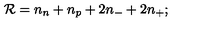
{ \cal R } = n _ { n } + n _ { p } + 2 n _ { - } + 2 n _ { + } ;